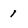
Character: 1